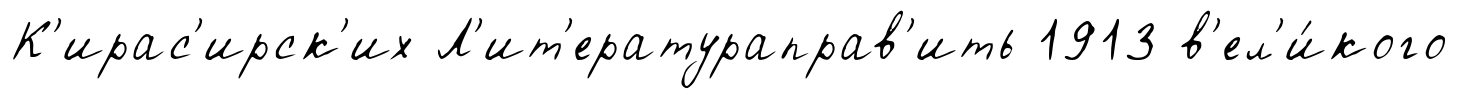
К'ирас'ирск'их Л'ит'ератураправ'ить 1913 в'ел'и́кого